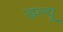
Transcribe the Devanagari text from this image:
डल्यू